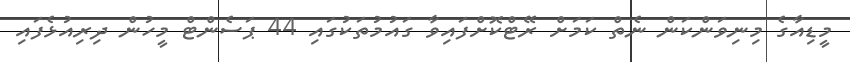
މީޑިއާގެ މިނިވަންކަން ނެތް ކަމަށް ރޭޓްކޮށްފައިވާ ގައުމުތަކުގައި 44 ޕަސެންޓް މީހުން ދިރިއުޅެފައި